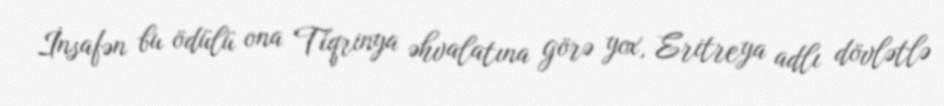
İnsafən bu ödülü ona Tiqrinya əhvalatına görə yox, Eritreya adlı dövlətlə